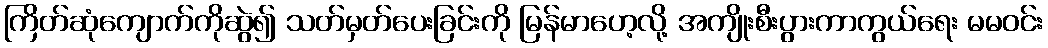
ကြိတ်ဆုံကျောက်ကိုဆွဲ၍ သတ်မှတ်ပေးခြင်းကို မြန်မာဟေ့လို့ အကျိုးစီးပွားကာကွယ်ရေး မမဝင်း